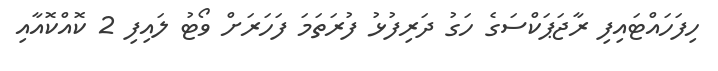
ހިފަހައްޓައިފި ރާޖަޕަކްސަގެ ހަގު ދަރިފުޅު ފުރަތަމަ ފަހަރަށް ވޯޓު ލައިފި 2 ކޮއްކޮއާއި